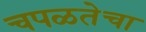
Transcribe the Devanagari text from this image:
चपळतेचा